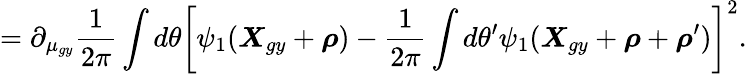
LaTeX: =\partial_{\mu_{gy}}\frac{1}{2\pi}\int d\theta\left[\psi_{1}(\boldsymbol{X}_{gy}+\boldsymbol{\rho})-\frac{1}{2\pi}\int d\theta^{\prime}\psi_{1}(\boldsymbol{X}_{gy}+\boldsymbol{\rho}+\boldsymbol{\rho}^{\prime})\right]^{2}.